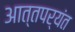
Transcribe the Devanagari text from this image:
आत्तपर्यंत